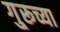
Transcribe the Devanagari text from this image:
गु्रूच्या